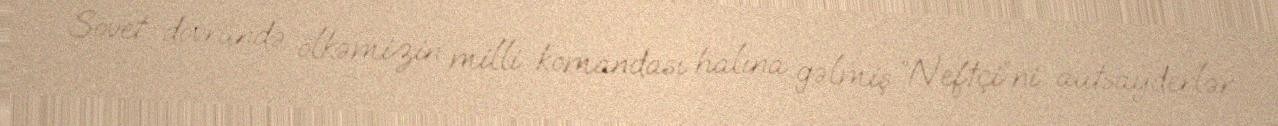
Sovet dövründə ölkəmizin milli komandası halına gəlmiş “Neftçi”ni autsayderlər